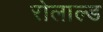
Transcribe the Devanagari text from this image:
रोलाल्ड